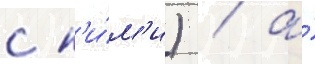
с н'и́м'и) / а́